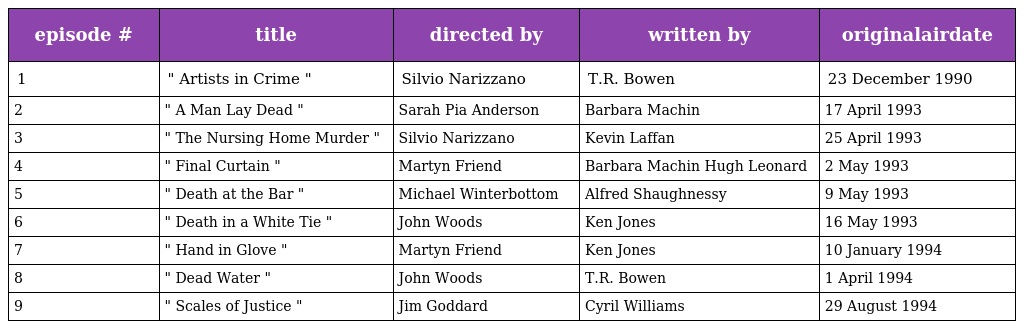
| episode # | title | directed by | written by | originalairdate |
 | --- | --- | --- | --- | --- |
 | 1 | " Artists in Crime " | Silvio Narizzano | T.R. Bowen | 23 December 1990 |
 | 2 | " A Man Lay Dead " | Sarah Pia Anderson | Barbara Machin | 17 April 1993 |
 | 3 | " The Nursing Home Murder " | Silvio Narizzano | Kevin Laffan | 25 April 1993 |
 | 4 | " Final Curtain " | Martyn Friend | Barbara Machin Hugh Leonard | 2 May 1993 |
 | 5 | " Death at the Bar " | Michael Winterbottom | Alfred Shaughnessy | 9 May 1993 |
 | 6 | " Death in a White Tie " | John Woods | Ken Jones | 16 May 1993 |
 | 7 | " Hand in Glove " | Martyn Friend | Ken Jones | 10 January 1994 |
 | 8 | " Dead Water " | John Woods | T.R. Bowen | 1 April 1994 |
 | 9 | " Scales of Justice " | Jim Goddard | Cyril Williams | 29 August 1994 |